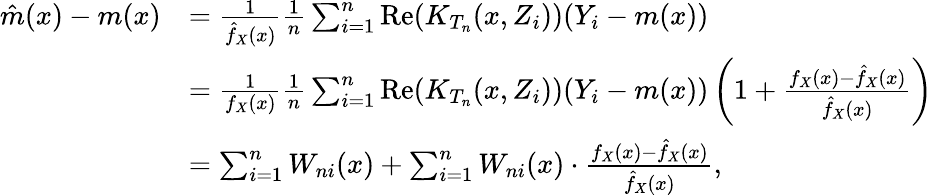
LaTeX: \begin{array}{rl}{\hat{m}(x)-m(x)}&{=\frac{1}{\hat{f}_{X}(x)}\frac{1}{n}\sum_{i=1}^{n}\mathrm{Re}(K_{T_{n}}(x,Z_{i}))(Y_{i}-m(x))}\\ &{=\frac{1}{f_{X}(x)}\frac{1}{n}\sum_{i=1}^{n}\mathrm{Re}(K_{T_{n}}(x,Z_{i}))(Y_{i}-m(x))\left(1+\frac{f_{X}(x)-\hat{f}_{X}(x)}{\hat{f}_{X}(x)}\right)}\\ &{=\sum_{i=1}^{n}W_{ni}(x)+\sum_{i=1}^{n}W_{ni}(x)\cdot\frac{f_{X}(x)-\hat{f}_{X}(x)}{\hat{f}_{X}(x)},}\end{array}